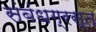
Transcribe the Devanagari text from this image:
संबंधग्रस्त